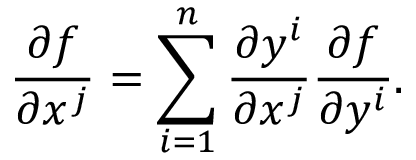
{ \frac { \partial f } { \partial x ^ { j } } } = \sum _ { i = 1 } ^ { n } { \frac { \partial y ^ { i } } { \partial x ^ { j } } } { \frac { \partial f } { \partial y ^ { i } } } .